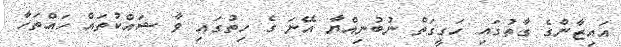
އައިޒާންގެ ގާތުގައި ހަގީގަތް ނުބުނިއްޔާ އޭނަ ގެ ހިތުގައި ވާ ޝައްކުތައް ހައްތަހާ